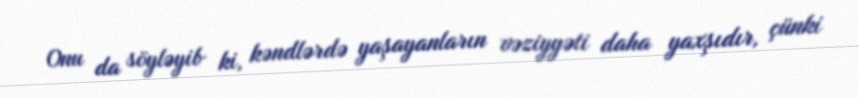
Onu da söyləyib ki, kəndlərdə yaşayanların vəziyyəti daha yaxşıdır, çünki